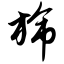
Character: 旆